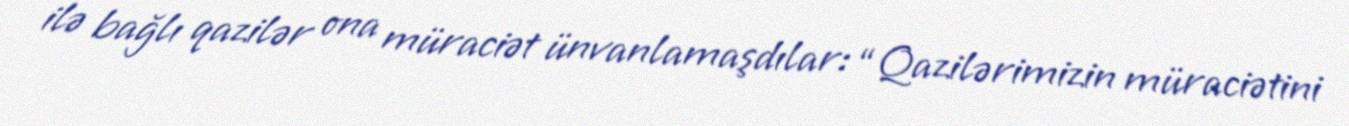
ilə bağlı qazilər ona müraciət ünvanlamaşdılar: “Qazilərimizin müraciətini